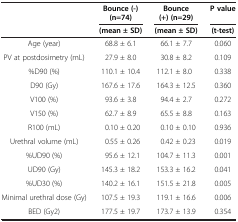
<table><thead><tr><td rowspan="2"><b> </b></td><td><b>Bounce (-) (n=74)</b></td><td><b>Bounce (+) (n=29)</b></td><td><b>P value</b></td></tr><tr><td><b>(mean ± SD)</b></td><td><b>(mean ± SD)</b></td><td><b>(t-test)</b></td></tr></thead><tbody><tr><td>Age (year)</td><td>68.8 ± 6.1</td><td>66.1 ± 7.7</td><td>0.060</td></tr><tr><td>PV at postdosimetry (mL)</td><td>27.9 ± 8.0</td><td>30.8 ± 8.2</td><td>0.109</td></tr><tr><td>%D90 (%)</td><td>110.1 ± 10.4</td><td>112.1 ± 8.0</td><td>0.338</td></tr><tr><td>D90 (Gy)</td><td>167.6 ± 17.6</td><td>164.3 ± 12.5</td><td>0.360</td></tr><tr><td>V100 (%)</td><td>93.6 ± 3.8</td><td>94.4 ± 2.7</td><td>0.272</td></tr><tr><td>V150 (%)</td><td>62.7 ± 8.9</td><td>65.5 ± 8.8</td><td>0.163</td></tr><tr><td>R100 (mL)</td><td>0.10 ± 0.20</td><td>0.10 ± 0.10</td><td>0.936</td></tr><tr><td>Urethral volume (mL)</td><td>0.55 ± 0.26</td><td>0.42 ± 0.23</td><td>0.019</td></tr><tr><td>%UD90 (%)</td><td>95.6 ± 12.1</td><td>104.7 ± 11.3</td><td>0.001</td></tr><tr><td>UD90 (Gy)</td><td>145.3 ± 18.2</td><td>153.3 ± 16.2</td><td>0.041</td></tr><tr><td>%UD30 (%)</td><td>140.2 ± 16.1</td><td>151.5 ± 21.8</td><td>0.005</td></tr><tr><td>Minimal urethral dose (Gy)</td><td>107.5 ± 19.3</td><td>119.1 ± 16.6</td><td>0.006</td></tr><tr><td>BED (Gy2)</td><td>177.5 ± 19.7</td><td>173.7 ± 13.9</td><td>0.354</td></tr></tbody></table>